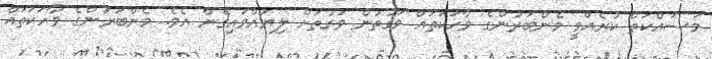
މަސައްކަތް ކުރެއްވީ މެންބަރުންގެ ވާހަކަތައް ވަގުތުން ވަގުތަށް ލިޔުއްވައިގެން އެވެ. މެންބަރުންގެ ވާހަކަތައް